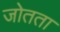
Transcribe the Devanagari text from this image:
जोतता